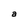
Character: a